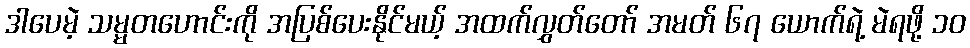
ဒါပေမဲ့ သမ္မတဟောင်းကို အပြစ်ပေးနိုင်မယ့် အထက်လွှတ်တော် အမတ် ၆၇ ယောက်ရဲ့ မဲရဖို့ ၁၀